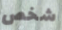
شخص